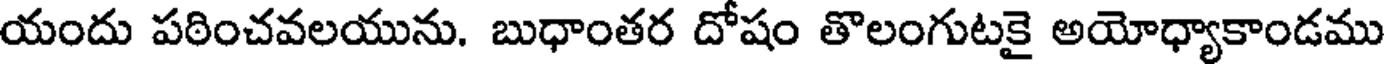
యందు పఠించవలయును. బుధాంతర దోషం తొలంగుటకై అయోధ్యాకాండము